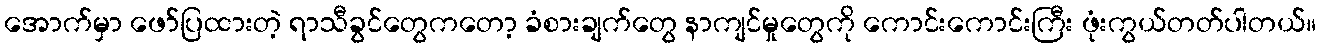
အောက်မှာ ဖော်ပြထားတဲ့ ရာသီခွင်တွေကတော့ ခံစားချက်တွေ နာကျင်မှုတွေကို ကောင်းကောင်းကြီး ဖုံးကွယ်တတ်ပါတယ်။